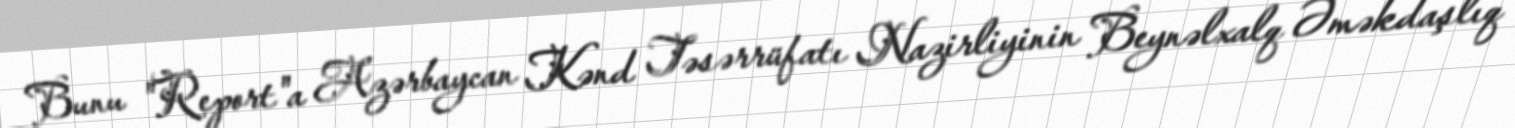
Bunu "Report"a Azərbaycan Kənd Təsərrüfatı Nazirliyinin Beynəlxalq Əməkdaşlıq